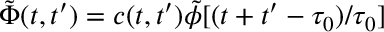
\tilde { \Phi } ( t , t ^ { \prime } ) = c ( t , t ^ { \prime } ) \tilde { \phi } [ ( t + t ^ { \prime } - \tau _ { 0 } ) / \tau _ { 0 } ]